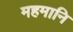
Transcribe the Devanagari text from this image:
महमानि